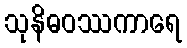
သုနိဓဝဿကာရေ